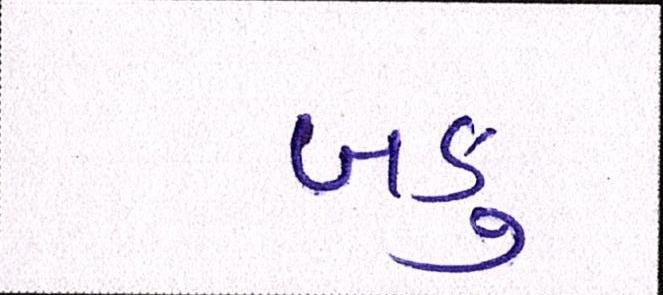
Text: બકુ